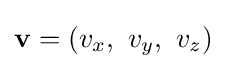
\mathbf {v} =\left(v_{x},\ v_{y},\ v_{z}\right)